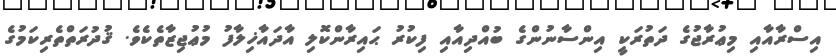
އިސްރާއާއި މިޢުރާޖުގެ ދަތުރަކީ އިންސާނުންގެ ބުއްދިއާއި ފިކުރު ޙައިރާންކޮލި އާދައާޚިލާފު މުޢުޖިޒާތެކެވެ. ޤުދުރަތްތެރިކަމުގެ